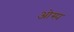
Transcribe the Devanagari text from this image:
ओस्प